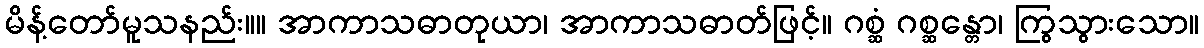
မိန့်တော်မူသနည်း။။ အာကာသဓာတုယာ၊ အာကာသဓာတ်ဖြင့်။ ဂစ္ဆံ ဂစ္ဆန္တော၊ ကြွသွားသော။